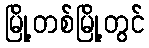
မြို့တစ်မြို့တွင်